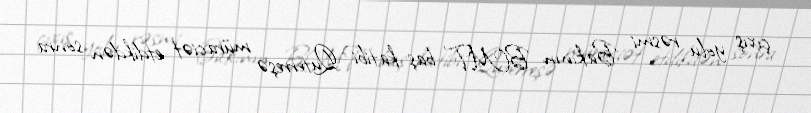
çıxış yolu rəsmi Bakının BMT baş katibi Quterreşə müraciət etdikdən sonra